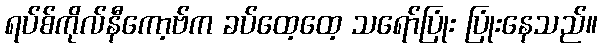
ရပ်စ်ကိုလ်နီကော့ဗ်က ခပ်ထေ့ထေ့ သရော်ပြုံး ပြုံးနေသည်။